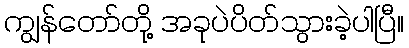
ကျွန်တော်တို့ အခုပဲပိတ်သွားခဲ့ပါပြီ။